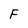
Character: F